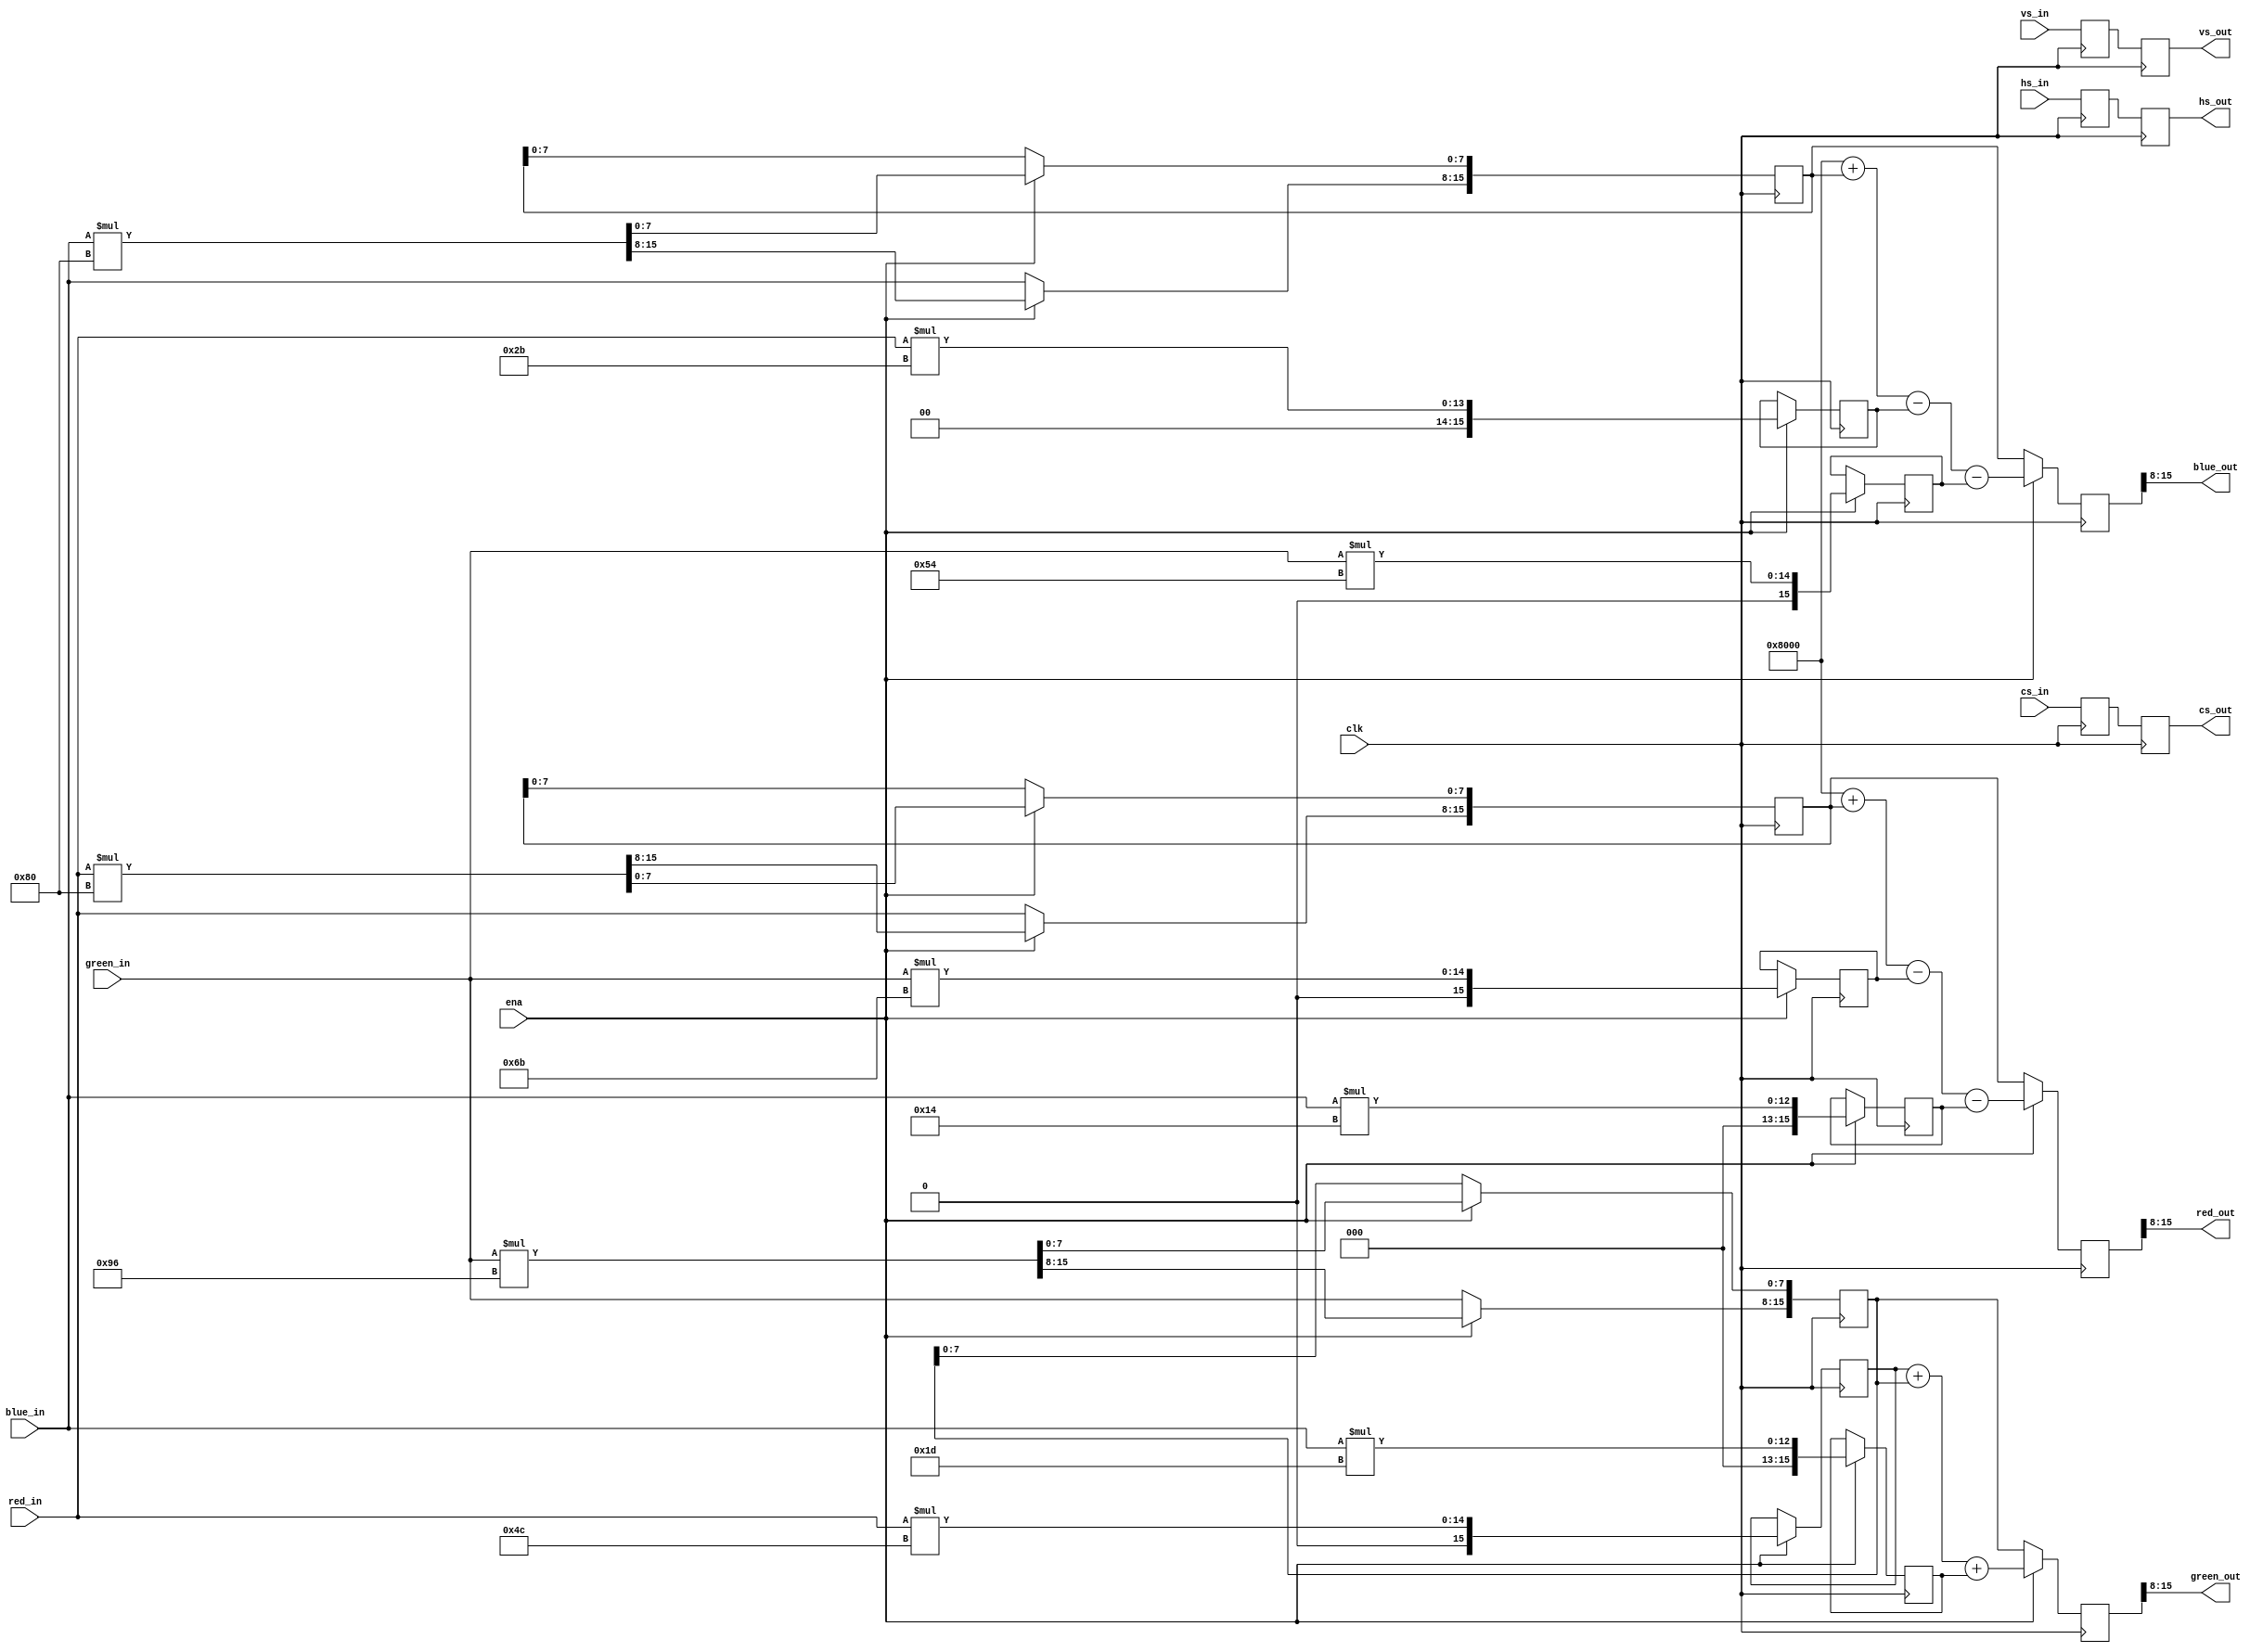
// This program was cloned from: https://github.com/jotego/jtcores
// License: GNU General Public License v3.0

// Multiplier-based RGB -> YPbPr conversion

// Copyright 2020/2021 by Alastair M. Robinson

module RGBtoYPbPr #(parameter WIDTH = 8)(
	input clk,
	input ena,

	input [WIDTH-1:0] red_in,
	input [WIDTH-1:0] green_in,
	input [WIDTH-1:0] blue_in,
	input hs_in,
	input vs_in,
	input cs_in,

	output [WIDTH-1:0] red_out,
	output [WIDTH-1:0] green_out,
	output [WIDTH-1:0] blue_out,
	output reg hs_out,
	output reg vs_out,
	output reg cs_out
);

reg [8+WIDTH-1:0] r_y;
reg [8+WIDTH-1:0] g_y;
reg [8+WIDTH-1:0] b_y;

reg [8+WIDTH-1:0] r_b;
reg [8+WIDTH-1:0] g_b;
reg [8+WIDTH-1:0] b_b;

reg [8+WIDTH-1:0] r_r;
reg [8+WIDTH-1:0] g_r;
reg [8+WIDTH-1:0] b_r;

reg [8+WIDTH-1:0] y;
reg [8+WIDTH-1:0] b;
reg [8+WIDTH-1:0] r;

reg hs_d;
reg vs_d;
reg cs_d;

assign red_out = r[8+WIDTH-1:8];
assign green_out = y[8+WIDTH-1:8];
assign blue_out = b[8+WIDTH-1:8];

// Multiply in the first stage...
always @(posedge clk) begin
	hs_d <= hs_in;		// Register sync, pixel clock, etc
	vs_d <= vs_in;		// so they're delayed the same amount as the incoming video
	cs_d <= cs_in;

	if(ena) begin
		// (Y  =  0.299*R + 0.587*G + 0.114*B)
		r_y <= red_in * 8'd76;
		g_y <= green_in * 8'd150;
		b_y <= blue_in * 8'd29;

		// (Pb = -0.169*R - 0.331*G + 0.500*B)
		r_b <= red_in * 8'd43;
		g_b <= green_in * 8'd84;
		b_b <= blue_in * 8'd128;

		// (Pr =  0.500*R - 0.419*G - 0.081*B)
		r_r <= red_in * 8'd128;
		g_r <= green_in * 8'd107;
		b_r <= blue_in * 8'd20;
	end else begin
		r_r[8+WIDTH-1:8] <= red_in; // Passthrough
		g_y[8+WIDTH-1:8] <= green_in;
		b_b[8+WIDTH-1:8] <= blue_in;
	end

end

// Second stage - adding

always @(posedge clk) begin
	hs_out <= hs_d;
	vs_out <= vs_d;
	cs_out <= cs_d;

	if(ena) begin
		y <= r_y + g_y + b_y;
		b <= 2'd2**(8+WIDTH-1) + b_b - r_b - g_b;
		r <= 2'd2**(8+WIDTH-1) + r_r - g_r - b_r;
	end else begin
		y <= g_y;	// Passthrough
		b <= b_b;
		r <= r_r;
	end
end

endmodule